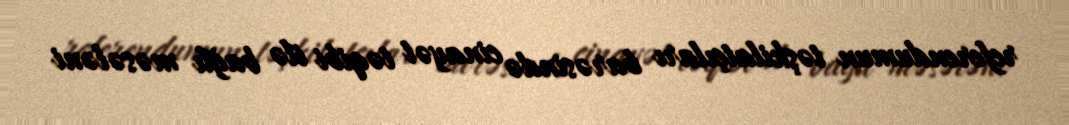
referendumun təşkilatçıları barəsində cinayət təqibi ilə bağlı məsələni